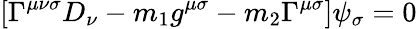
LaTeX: [\Gamma^{\mu\nu\sigma}D_{\nu}-m_{1}g^{\mu\sigma}-m_{2}\Gamma^{\mu\sigma}]\psi_{\sigma}=0